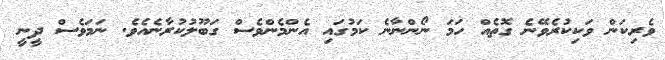
ވެރިކަން ވަކިކުރެވޭނެ ގޮތެއް ހަމަ ނޯންނާނެ ކަމުގައި އެންމެންވެސް ގަބޫލުކުރާނެއެވެ. ނަމަވެސް ދީނީ